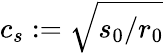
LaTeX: c_{s}:=\sqrt{s_{0}/r_{0}}